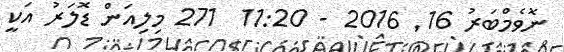
ނޮވެމްބަރު 16